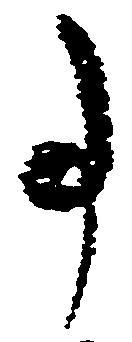
事